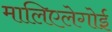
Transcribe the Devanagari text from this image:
मालिएलेगोई